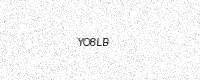
Text: YO8LB